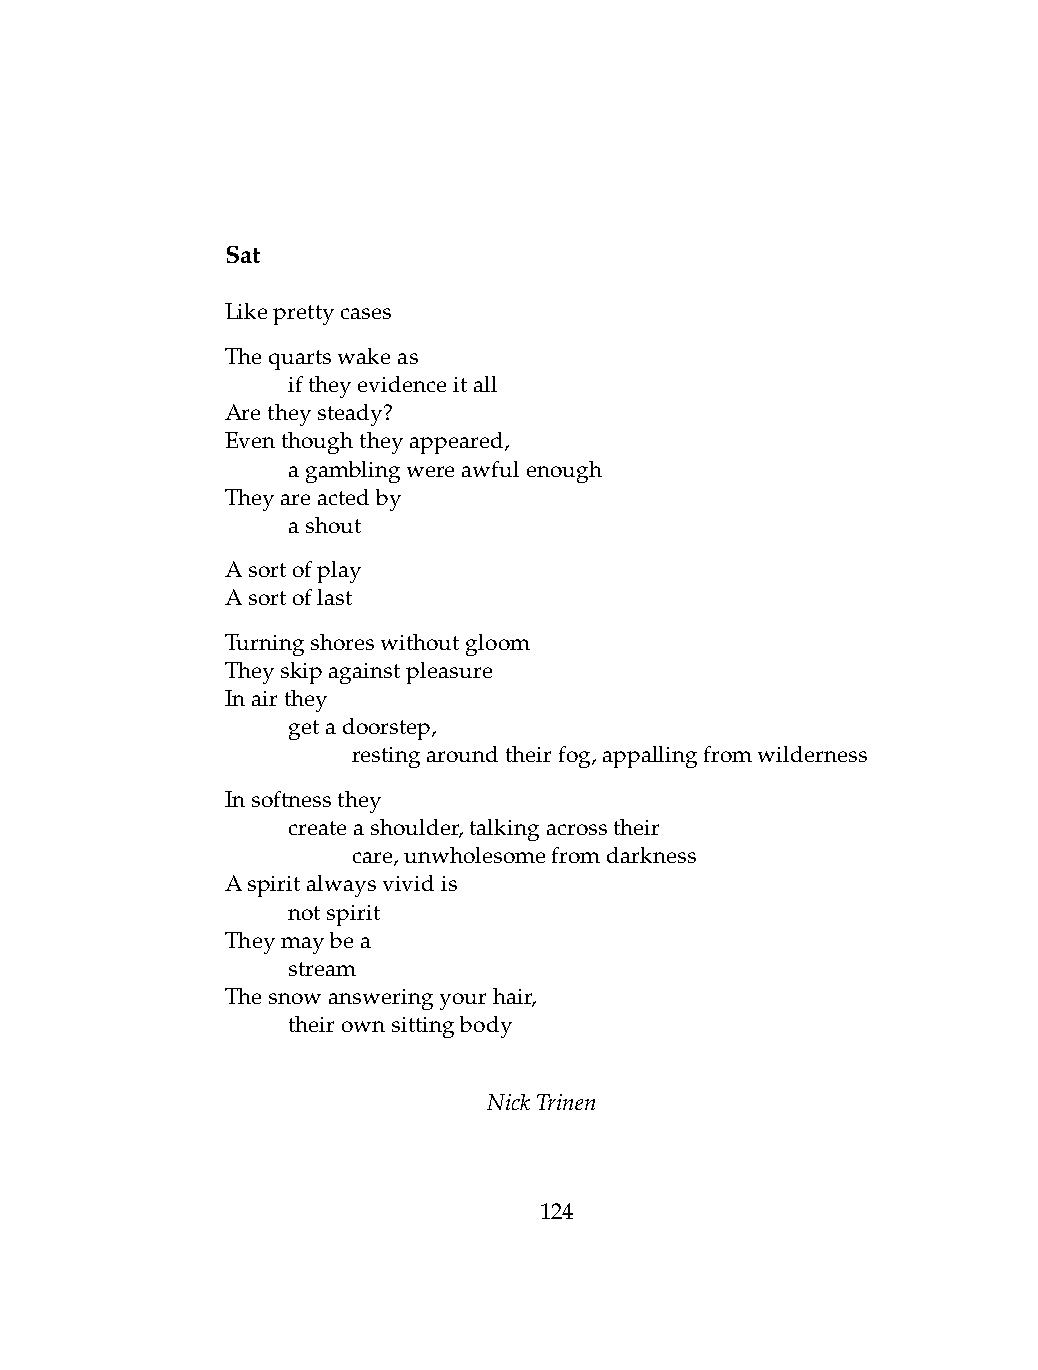
Sat
 Likeprettycases
 Thequartswakeas
 .   iftheyevidenceitall
 Aretheysteady?
 Eventhoughtheyappeared,
 .   agamblingwereawfulenough
 Theyareactedby
 .   ashout
 Asortofplay
 Asortoflast
 Turningshoreswithoutgloom
 Theyskipagainstpleasure
 Inairthey
 .   getadoorstep,
 .   .   restingaroundtheirfog,appallingfromwilderness
 Insoftnessthey
 .   createashoulder,talkingacrosstheir
 .   .   care,unwholesomefromdarkness
 Aspiritalwaysvividis
 .   notspirit
 Theymaybea
 .   stream
 Thesnowansweringyourhair,
 .   theirownsittingbody
 NickTrinen
 124